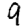
Digit: 9